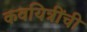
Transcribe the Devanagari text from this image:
कवयित्रींची